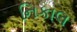
નિકાલ